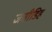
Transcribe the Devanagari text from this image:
जसीडिह